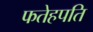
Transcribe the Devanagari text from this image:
फतेहपति